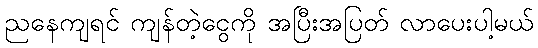
ညနေကျရင် ကျန်တဲ့ငွေကို အပြီးအပြတ် လာပေးပါ့မယ်